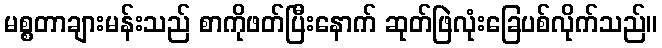
မစ္စတာချားမန်းသည် စာကိုဖတ်ပြီးနောက် ဆုတ်ဖြဲလုံးခြေပစ်လိုက်သည်။